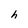
Character: h